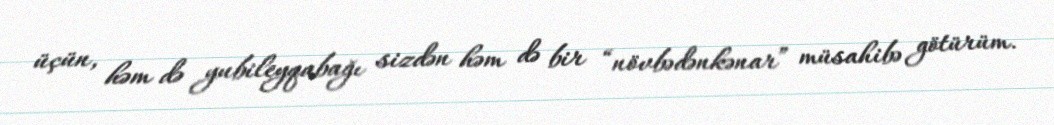
üçün, həm də yubileyqabağı sizdən həm də bir “növbədənkənar” müsahibə götürüm.